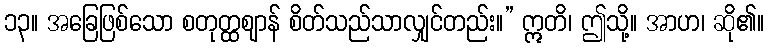
၁၃။ အခြေဖြစ်သော စတုတ္ထဈာန် စိတ်သည်သာလျှင်တည်း။” ဣတိ၊ ဤသို့။ အာဟ၊ ဆို၏။